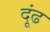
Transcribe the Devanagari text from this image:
दूंढ